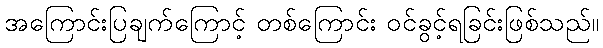
အကြောင်းပြချက်ကြောင့် တစ်ကြောင်း ဝင်ခွင့်ရခြင်းဖြစ်သည်။